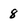
Character: 8